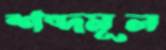
শব্দমূল